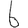
Digit: 6